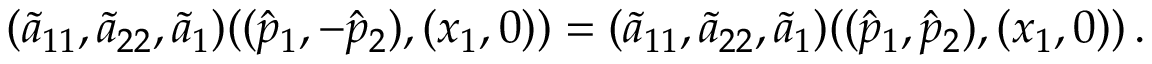
( \tilde { a } _ { 1 1 } , \tilde { a } _ { 2 2 } , \tilde { a } _ { 1 } ) ( ( \hat { p } _ { 1 } , - \hat { p } _ { 2 } ) , ( x _ { 1 } , 0 ) ) = ( \tilde { a } _ { 1 1 } , \tilde { a } _ { 2 2 } , \tilde { a } _ { 1 } ) ( ( \hat { p } _ { 1 } , \hat { p } _ { 2 } ) , ( x _ { 1 } , 0 ) ) \, .